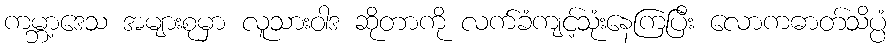
ကမ္ဘာ့ဒေသ အများစုမှာ လူသားဝါဒ ဆိုတာကို လက်ခံကျင့်သုံးနေကြပြီး လောကဓာတ်သိပ္ပံ